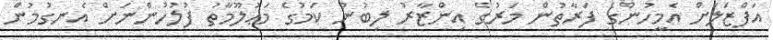
އަފްޒަލަށް އެމީހުންގެ ފަރާތުން މަރުގެ އިންޒާރު ލިބުނު ކަމުގެ މަޢުލޫމާތު ފުލުހުންނަށް އެނގުމުން